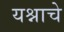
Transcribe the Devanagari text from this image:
यश्नाचे